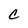
Character: C